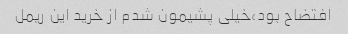
افتضاح بود،خیلی پشیمون شدم از خرید این ریمل